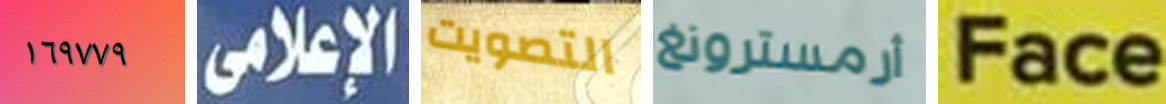
١٦٩٧٧٩ الإعلامي التصويت أرمسترونغ Face